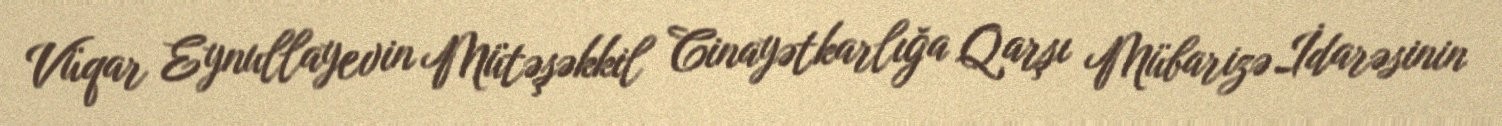
Vüqar Eynullayevin Mütəşəkkil Cinayətkarlığa Qarşı Mübarizə İdarəsinin